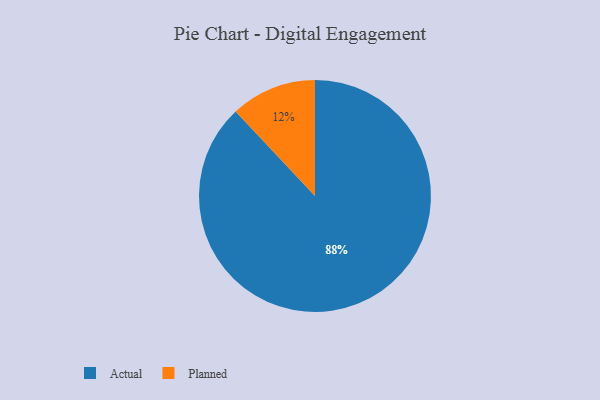
{"axis": {"x": "Category", "y": "Percentage"}, "legend": ["Actual", "Planned"], "data": [{"x": "Actual", "y": 88, "type": "Actual"}, {"x": "Planned", "y": 12, "type": "Planned"}]}